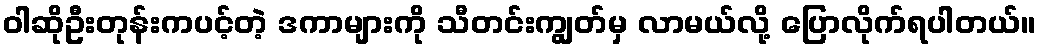
ဝါဆိုဦးတုန်းကပင့်တဲ့ ဒကာများကို သီတင်းကျွတ်မှ လာမယ်လို့ ပြောလိုက်ရပါတယ်။